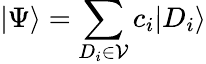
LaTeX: |\Psi\rangle=\sum_{D_{i}\in\mathcal{V}}c_{i}|D_{i}\rangle